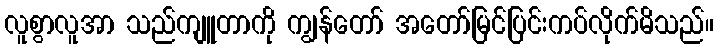
လူစွာလူအာ သည်ကျူတာကို ကျွန်တော် အတော်မြင်ပြင်းကပ်လိုက်မိသည်။